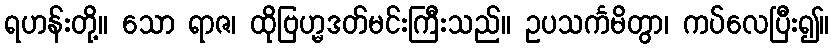
ရဟန်းတို့။ သော ရာဇ၊ ထိုဗြဟ္မဒတ်မင်းကြီးသည်။ ဥပသင်္ကမိတွာ၊ ကပ်လေပြီး၍။